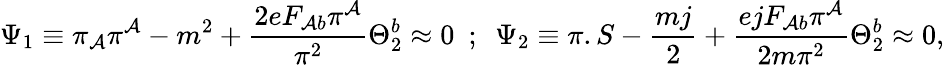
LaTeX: \Psi_{1}\equiv\pi_{\mathcal{A}}\pi^{\mathcal{A}}-m^{2}+{\frac{{2eF_{\mathcal{A}b}\pi^{\mathcal{A}}}}{{\pi^{2}}}}\Theta_{2}^{b}\approx0~~;~~\Psi_{2}\equiv\pi.S-{\frac{{mj}}{{2}}}+{\frac{{ejF_{\mathcal{A}b}\pi^{\mathcal{A}}}}{{2m\pi^{2}}}}\Theta_{2}^{b}\approx0,